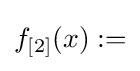
f_{[2]}(x):=